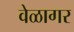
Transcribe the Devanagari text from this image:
वेळागर